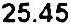
25.45